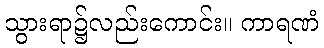
သွားရာ၌လည်းကောင်း။ ကာရဏံ